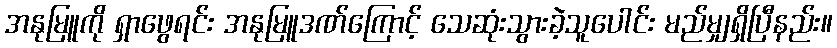
အနုမြူကို ရှာဖွေရင်း အနုမြူဒဏ်ကြောင့် သေဆုံးသွားခဲ့သူပေါင်း မည်မျှရှိပြီနည်း။